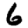
Digit: 6